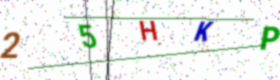
Text: 25HKP